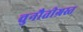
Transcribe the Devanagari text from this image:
चुनौतीग्रस्त